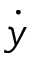
\dot { y }